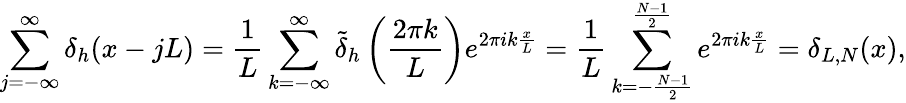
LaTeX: \sum_{j=-\infty}^{\infty}\delta_{h}(x-jL)=\frac{1}{L}\sum_{k=-\infty}^{\infty}\tilde{\delta}_{h}\left(\frac{2\pi k}{L}\right)e^{2\pi ik\frac{x}{L}}=\frac{1}{L}\sum_{k=-\frac{N-1}{2}}^{\frac{N-1}{2}}e^{2\pi ik\frac{x}{L}}=\delta_{L,N}(x),